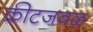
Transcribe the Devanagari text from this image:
क्रीटजवळ